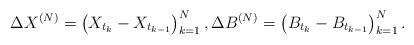
LaTeX: \begin{align*}\Delta X^{(N)} = \left(X_{t_k} - X_{t_{k-1}}\right)_{k=1}^N, \Delta B^{(N)} = \left(B_{t_k} - B_{t_{k-1}}\right)_{k=1}^N.\end{align*}